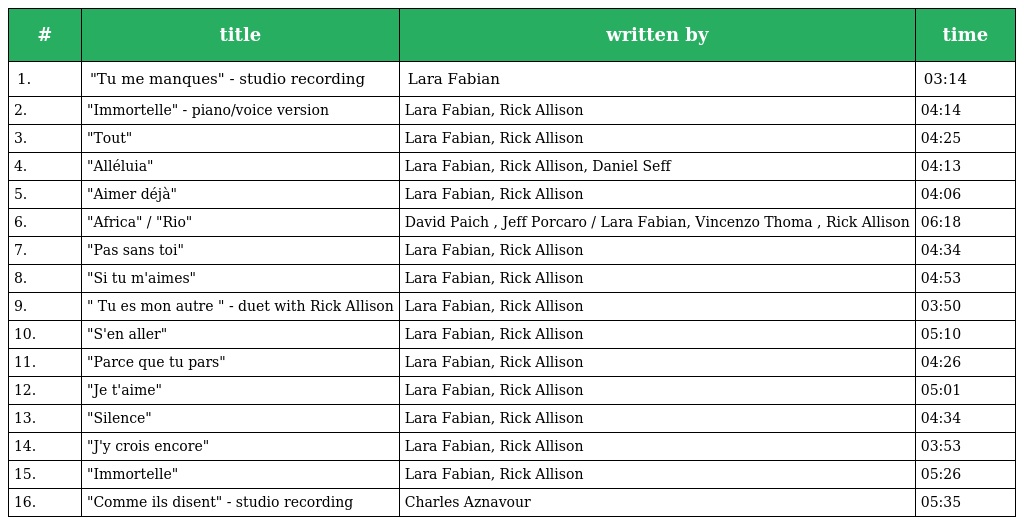
| # | title | written by | time |
 | --- | --- | --- | --- |
 | 1. | "Tu me manques" - studio recording | Lara Fabian | 03:14 |
 | 2. | "Immortelle" - piano/voice version | Lara Fabian, Rick Allison | 04:14 |
 | 3. | "Tout" | Lara Fabian, Rick Allison | 04:25 |
 | 4. | "Alléluia" | Lara Fabian, Rick Allison, Daniel Seff | 04:13 |
 | 5. | "Aimer déjà" | Lara Fabian, Rick Allison | 04:06 |
 | 6. | "Africa" / "Rio" | David Paich , Jeff Porcaro / Lara Fabian, Vincenzo Thoma , Rick Allison | 06:18 |
 | 7. | "Pas sans toi" | Lara Fabian, Rick Allison | 04:34 |
 | 8. | "Si tu m'aimes" | Lara Fabian, Rick Allison | 04:53 |
 | 9. | " Tu es mon autre " - duet with Rick Allison | Lara Fabian, Rick Allison | 03:50 |
 | 10. | "S'en aller" | Lara Fabian, Rick Allison | 05:10 |
 | 11. | "Parce que tu pars" | Lara Fabian, Rick Allison | 04:26 |
 | 12. | "Je t'aime" | Lara Fabian, Rick Allison | 05:01 |
 | 13. | "Silence" | Lara Fabian, Rick Allison | 04:34 |
 | 14. | "J'y crois encore" | Lara Fabian, Rick Allison | 03:53 |
 | 15. | "Immortelle" | Lara Fabian, Rick Allison | 05:26 |
 | 16. | "Comme ils disent" - studio recording | Charles Aznavour | 05:35 |